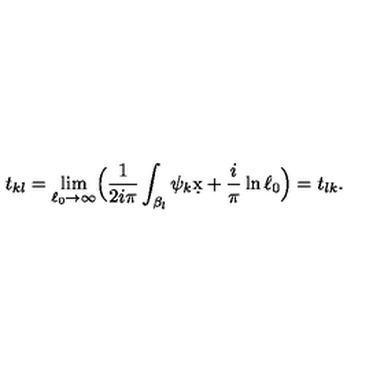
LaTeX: t _ { k l } = \lim _ { \ell _ { 0 } \rightarrow \infty } \Bigl ( { \frac { 1 } { 2 i \pi } } \int _ { \beta _ { l } } \psi _ { k } \d x + { \frac { i } { \pi } } \ln \ell _ { 0 } \Bigr ) = t _ { l k } .